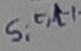
Text: s,t,l